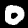
Label: 0